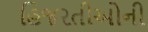
હિજરતીઓની